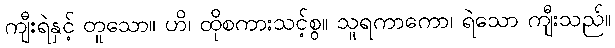
ကျီးရဲနှင့် တူသော။ ဟိ၊ ထိုစကားသင့်စွ။ သူရကာကော၊ ရဲသော ကျီးသည်။